Document type: Dowry acquittance
Year: 1427
Scribe: Pere Tarafa
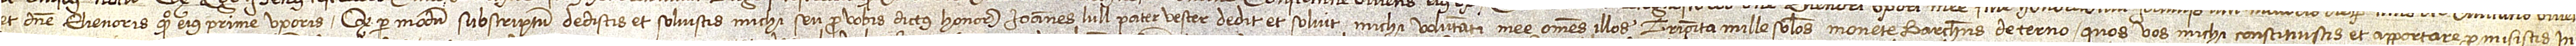
et domine Elienoris, quondam, eius prime uxoris, quod per modum subscriptum dedistis et solvistis michi seu pro vobis dictus honorabilis Ioannes Lull, pater vester, dedit et solvit michi voluntati mee omnes illos triginta mille solidos monete barchinonense de terno quos vos michi constituistis et aportare promisistis in